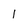
Character: l